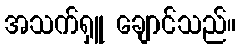
အသက်ရှူ ချောင်သည်။